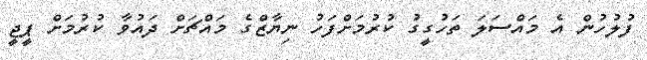
ފުލުހުން އެ މައްސަލަ ތަހުގީގު ކުރުމަށްފަހު ނިޔާޒްގެ މައްޗަށް ދައުވާ ކުރުމަށް ޕީޖީ